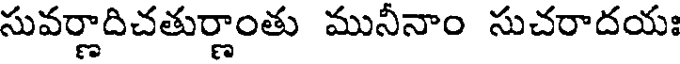
సువర్ణాదిచతుర్ణాంతు మునీనాం సుచరాదయః